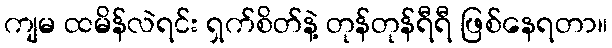
ကျမ ထမိန်လဲရင်း ရှက်စိတ်နဲ့ တုန်တုန်ရီရီ ဖြစ်နေရတာ။